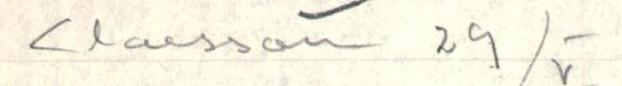
Claesson 29/V